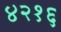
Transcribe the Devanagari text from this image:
४२१६